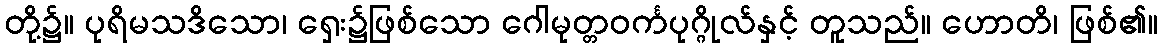
တို့၌။ ပုရိမသဒိသော၊ ရှေး၌ဖြစ်သော ဂေါမုတ္တဝင်္ကပုဂ္ဂိုလ်နှင့် တူသည်။ ဟောတိ၊ ဖြစ်၏။